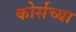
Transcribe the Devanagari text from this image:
कोर्सच्या